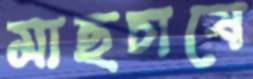
মাছচাষে